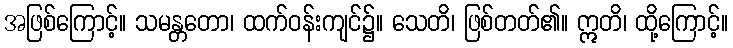
အဖြစ်ကြောင့်။ သမန္တတော၊ ထက်ဝန်းကျင်၌။ သေတိ၊ ဖြစ်တတ်၏။ ဣတိ၊ ထို့ကြောင့်။